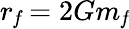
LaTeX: r_{\mathit f}=2Gm_{\mathit f}